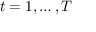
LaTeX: t = 1 , \dots , T